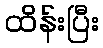
ထိန်းပြီး